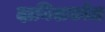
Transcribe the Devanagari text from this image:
दानिशकोल